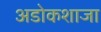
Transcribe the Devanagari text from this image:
अडोकशाजा